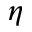
\eta